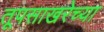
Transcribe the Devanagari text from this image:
तूपसाखरेच्या